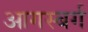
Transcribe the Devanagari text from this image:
आगस्बर्ग